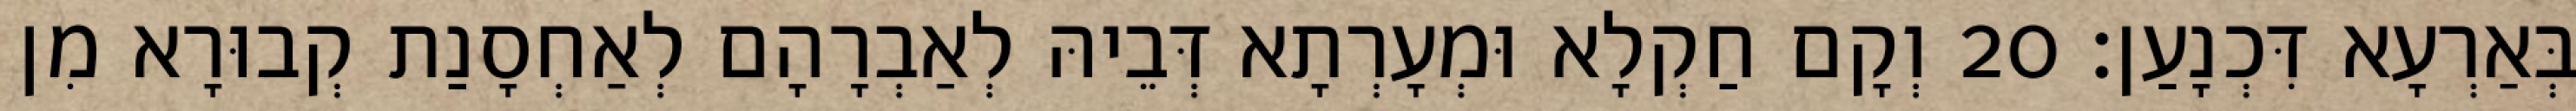
בְּאַרְעָא דִּכְנָעַן׃ 20 וְקָם חַקְלָא וּמְעָרְתָא דְּבֵיהּ לְאַבְרָהָם לְאַחְסָנַת קְבוּרָא מִן